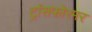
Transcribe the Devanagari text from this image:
ट्रांसफोरमर